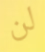
لن